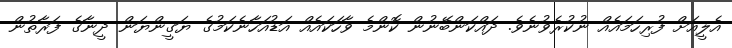
އެލީއަށް ފުރިހަމައެއް ނުކުރެވުނެވެ. ދައްކަންބޭނުން ކޮންމެ ވާހަކައެއް އަޑުއަހާނެކަމުގެ ޔަގީންޔަން ދީނާގެ ފަރާތުން